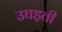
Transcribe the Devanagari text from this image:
उघड़ती